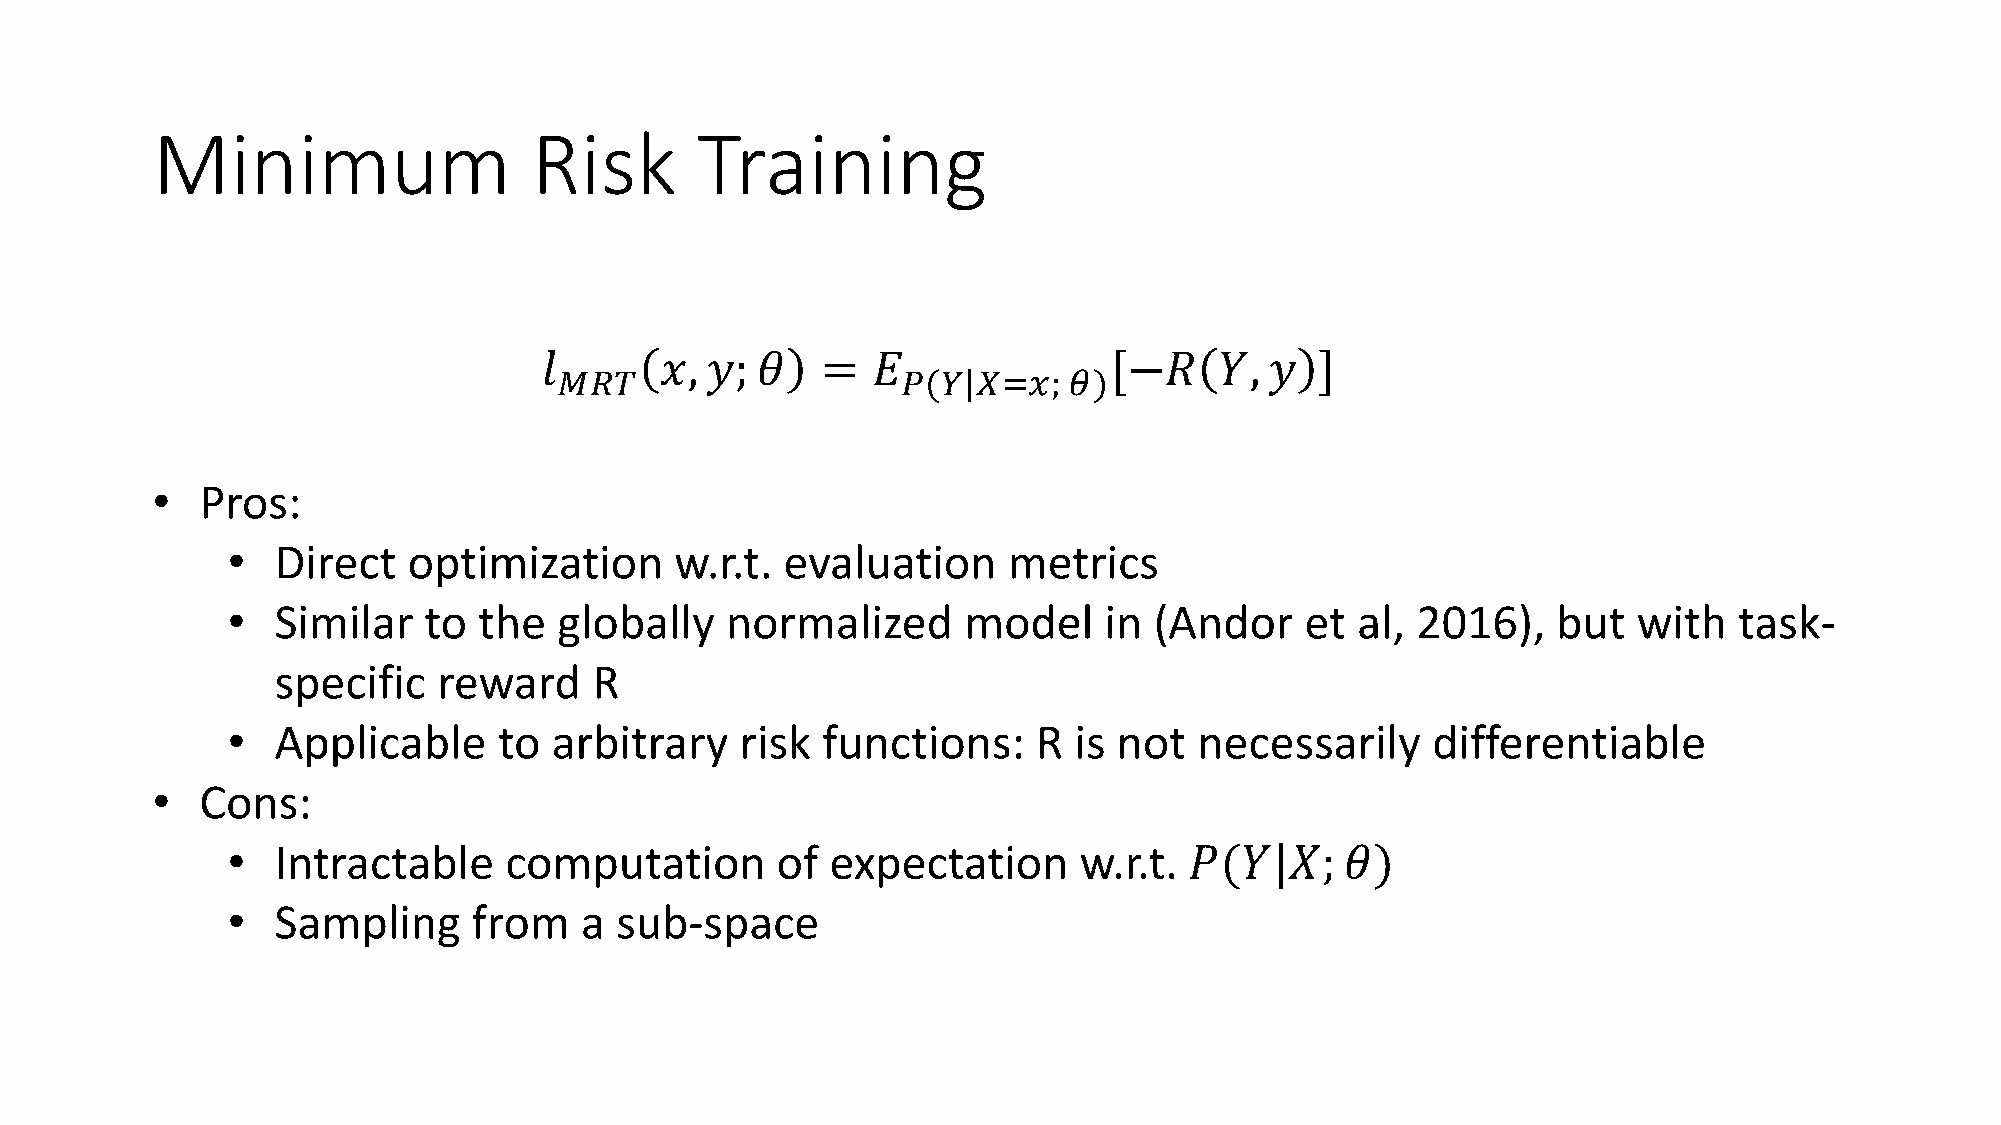
Minimum                  Risk       Training
 𝑙       𝑥, 𝑦; 𝜃   =   𝐸              [−𝑅     𝑌, 𝑦  ]
 𝑀𝑅𝑇                    𝑃(𝑌|𝑋=𝑥;   𝜃)
 •  Pros:
 •  Direct   optimization      w.r.t. evaluation     metrics
 •  Similar   to  the  globally   normalized      model    in (Andor    et  al, 2016),   but  with   task-
 specific   reward    R
 •  Applicable     to  arbitrary   risk functions:     R is not  necessarily     differentiable
 •  Cons:
 •  Intractable    computation       of  expectation     w.r.t.  𝑃(𝑌|𝑋;    𝜃)
 •  Sampling     from   a  sub-space